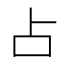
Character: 占